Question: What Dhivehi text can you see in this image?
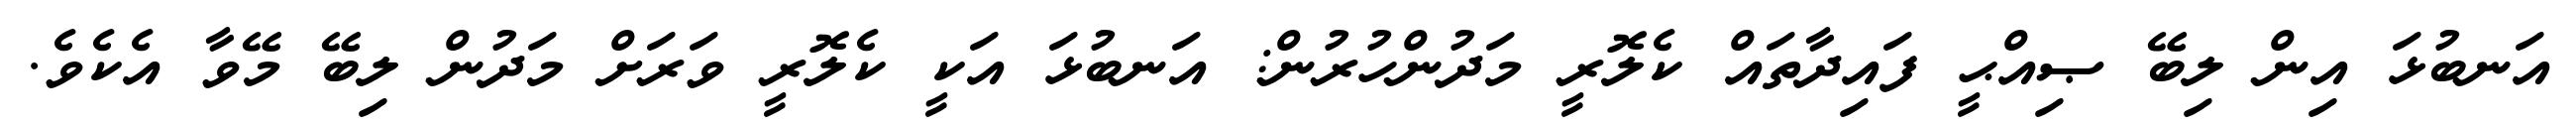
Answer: އަނބުޅަ އިން ލިބޭ ޞިއްޙީ ފައިދާތައް ކެލޮރީ މަދުންހުރުން: އަނބުޅަ އަކީ ކެލޮރީ ވަރަށް މަދުން ލިބޭ މޭވާ އެކެވެ.